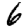
Digit: 6